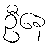
ဦနေ